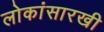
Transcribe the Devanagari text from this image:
लोकांसारखी